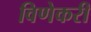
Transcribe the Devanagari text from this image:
विणेकरी